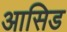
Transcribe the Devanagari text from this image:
आसिड